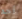
أحد